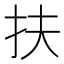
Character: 扶